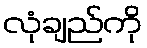
လုံချည်ကို